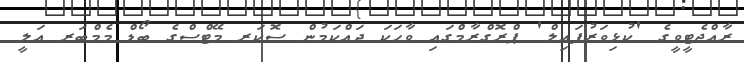
ރާއްޖެޓީވީގެ 'ކުޅިވަރުފައިލް' ޕްރޮގްރާމްގައި ވާހަކަ ދައްކަމުން ސޮކަރ މޭޓްސްގެ ބޯޑް މެމްބަރ އަލީ